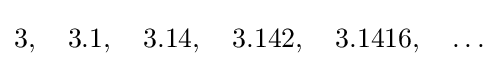
3,\quad 3.1,\quad 3.14,\quad 3.142,\quad 3.1416,\quad \ldots